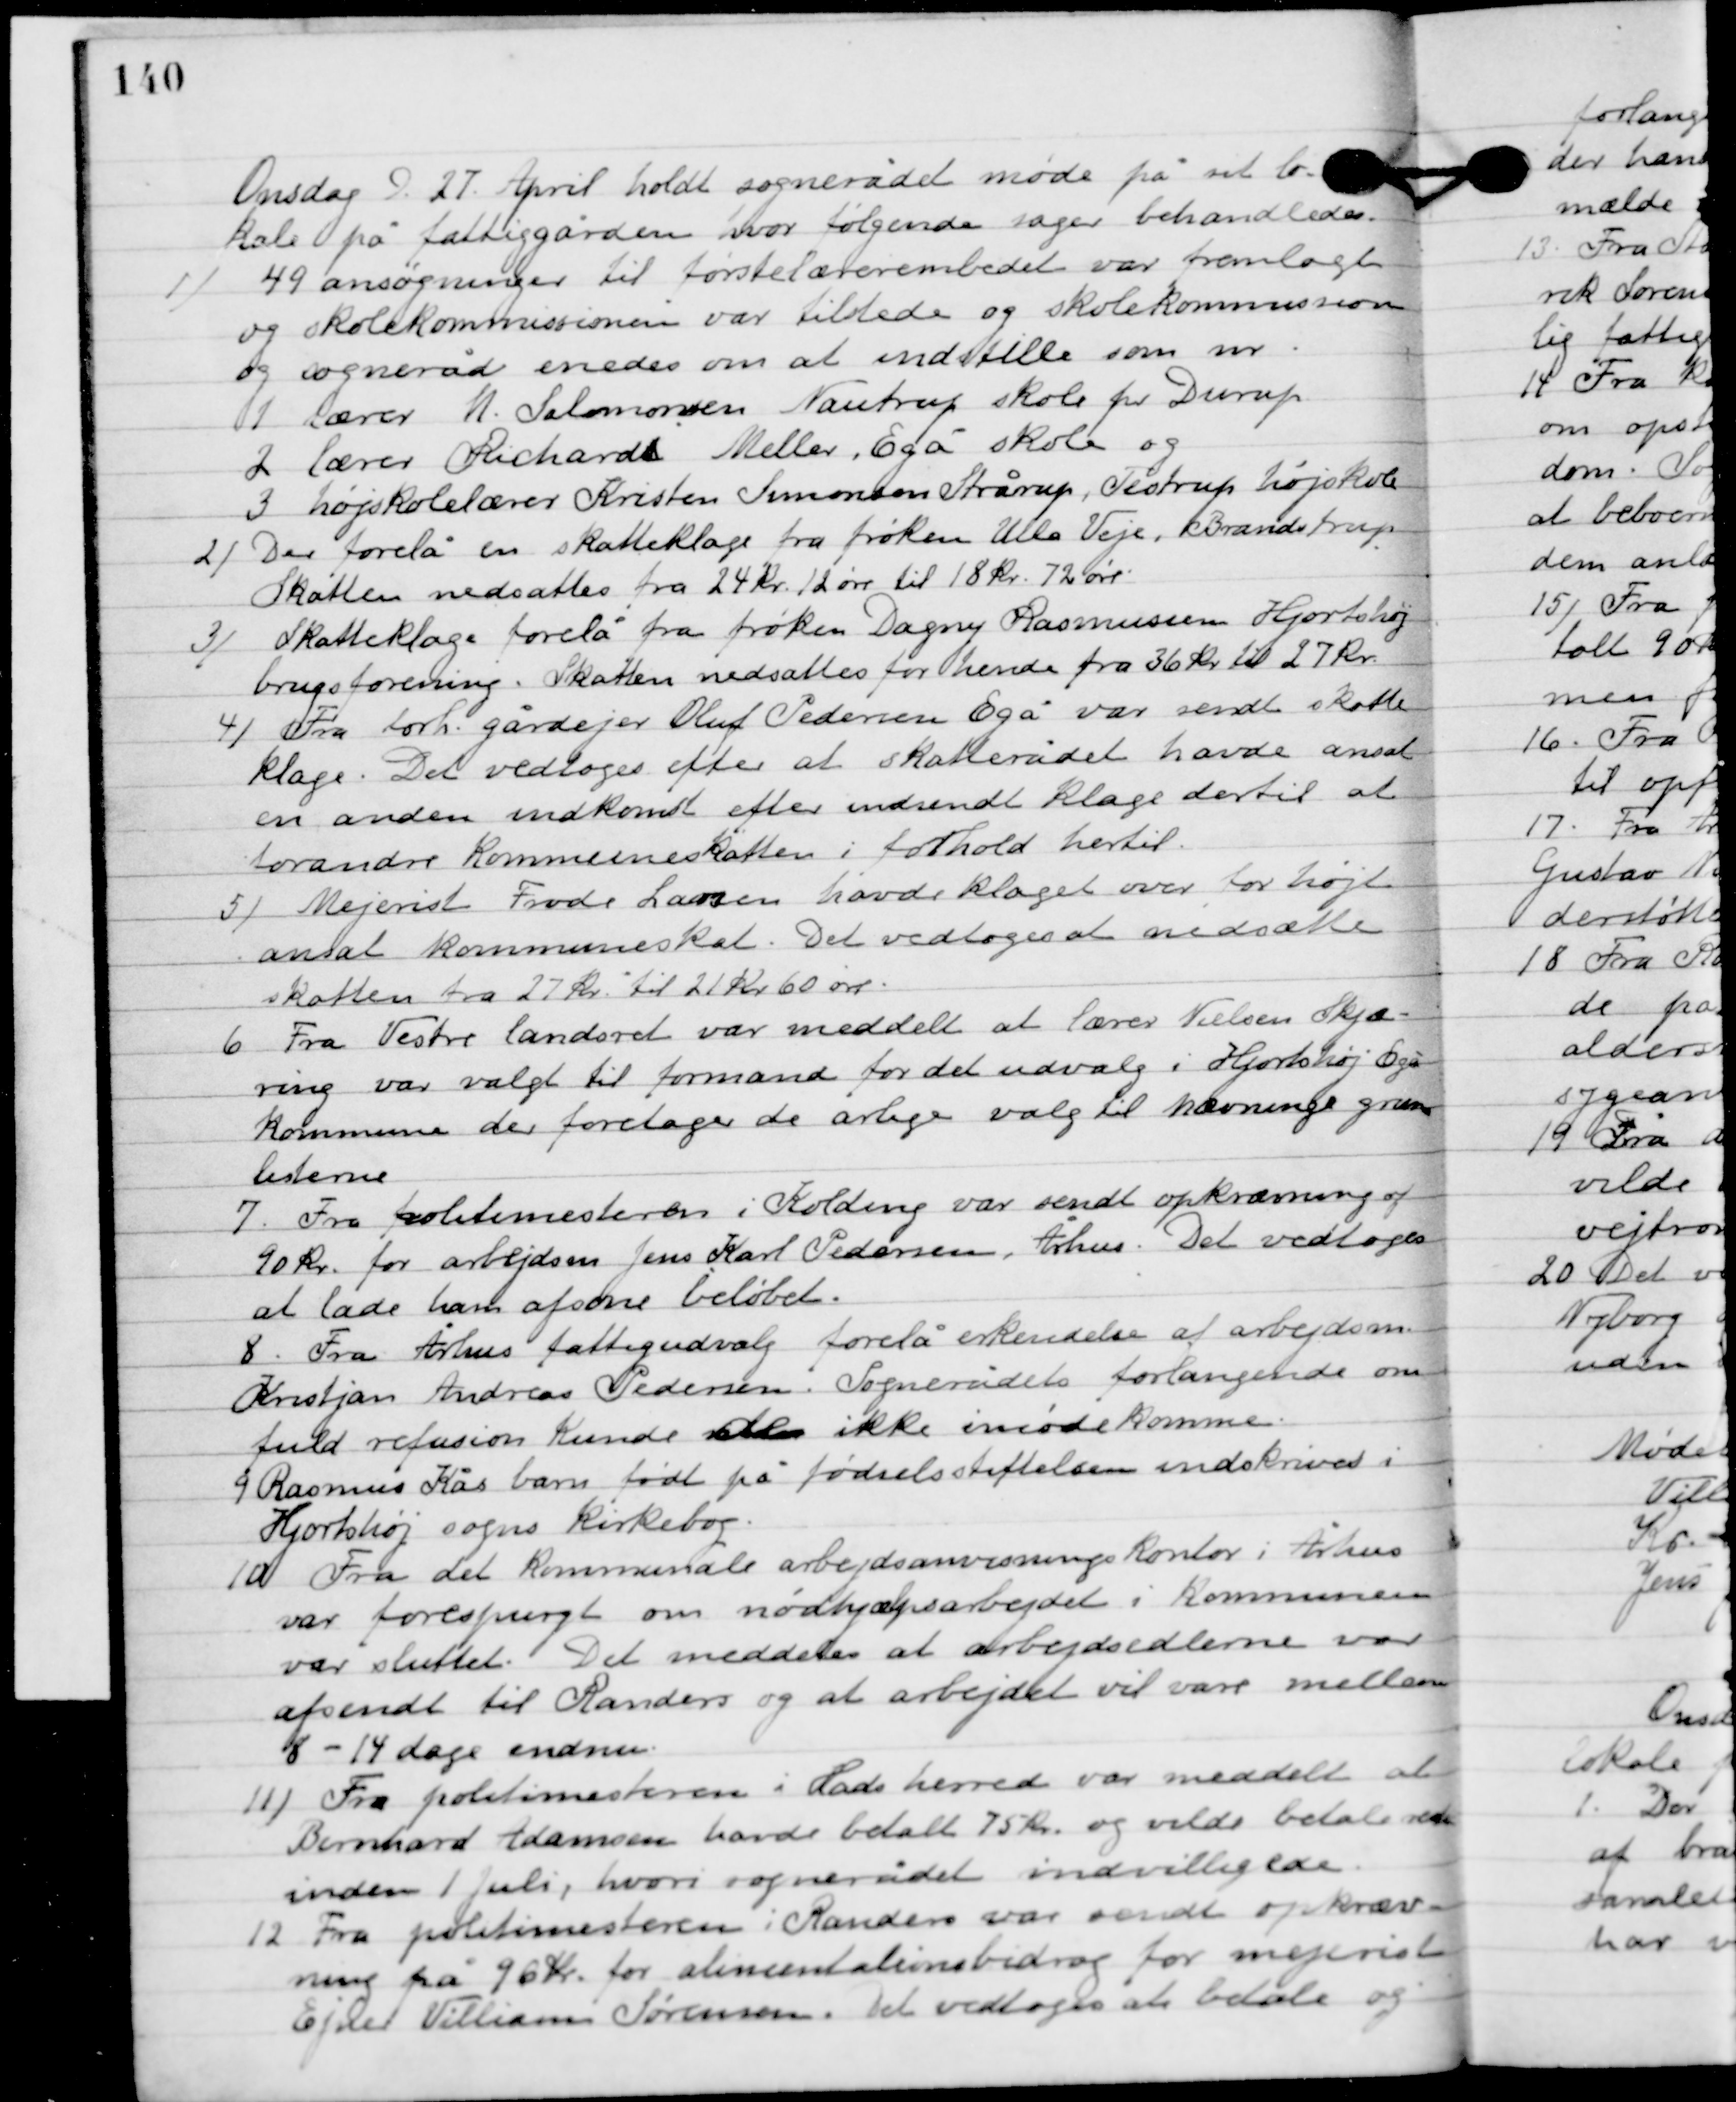
Transskription:
Onsdag D. 27. April holdt sognerådet møde på sit lo-
kale på fattiggården, hvor følgende sager behandledes.

1

49 ansøgninger til førstelærerembedet var fremlagt
og skolekommissionen var tilstede og skolekommissionen
og sognerådet enedes om at indstille som nr.
1.	Lærer M. Salomonsen Nautrup skole pr Durup.
2.	Lærer Richardt Møller, Egå skole og
3.	højskolelærer Kristen Simonsen Skårup, Tistrup højskole

2

Der forelå en skatteklage fra frøken Ulla Veje, Brandstrup.
Skatten nedsattes fra 24 kr. 12 øre til 18 kr. 72 øre.

3

Skatteklage forelå fra frøken Dagny Rasmussen Hjortshøj
brugsforening. Skatten nedsattes for hende fra 36 kr. til 27 kr.

4

Fra forh. gårdejer Oluf Pedersen Egå var sendt skatte-
klage. Det vedtoges efter at skatterådet havde ansat
en anden indkomst efter indsendt klage dertil at
forandre kommuneskatten i forhold hertil.

5

Mejerist Frode Larsen havde klaget over for højt
ansat kommuneskat. Det vedtoges at nedsætte
skatten fra 27 kr. til 21 kr. 60 øre.

6

Fra Vestre landsret var meddelt at lærer Nielsen Skjæ-
ring var valgt til formand for det udvalg i Hjortshøj Egå 
kommune der foretager de årlige valg til nævninge grund
listerne.

7

Fra politimesteren i Koling var sendt opkrævning af
90 kr. for arbejdsm. Jens Karl Pedersen, Århus. Det vedtoges
at lade ham afsone beløbet.

8

Fra Århus fattigudvalg forelå erkendelse af arbejdsm.
Kristjan Andreas Pedersen. Sognerådets forlangende om
fuld refusion kunde de ikke imødekomme.

9

Rasmus Kås barn født på fødselsstiftelsen indskrives i
Hjortshøj sogns kirkebog.

10

Fra det kommunale arbejdsanvisningskontor i Århus
var forespurgt om nødhjælpsarbejder i kommunen
var sluttet. Det meddeles at arbejdssedlerne var
 afsendt til Randers og at arbejdet vil være mellem
8-14 dage endnu.

11

Fra politimesteren i Hads herred var meddelt at
Bernhard Adamsen havde betalt 75 kr. og vilde betale resten
inden 1. juli, hvori sognerådet indvilligede.

12

Fra politimesteren i Randers var sendt opkræv-
ning på 96 kr. for alimentationsbidrag for mejerist
 Ejner Villiam Sørensen. Det vedtoges at betale og